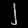
Digit: ၂